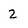
Character: 2